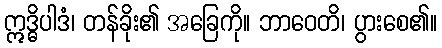
ဣဒ္ဓိပါဒံ၊ တန်ခိုး၏ အခြေကို။ ဘာဝေတိ၊ ပွားစေ၏။